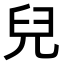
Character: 兒